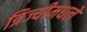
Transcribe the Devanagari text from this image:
त्रिज्यीमधले